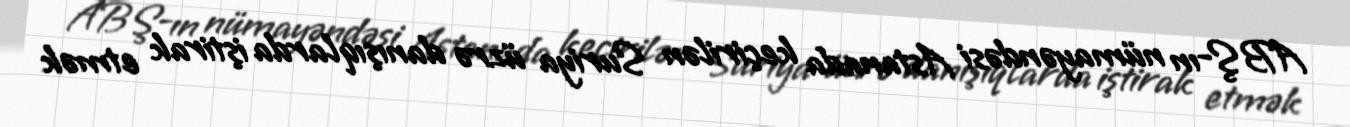
ABŞ-ın nümayəndəsi Astanada keçirilən Suriya üzrə danışıqlarda iştirak etmək